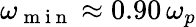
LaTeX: \omega_{\mathrm{~m~i~n~}}\approx 0.90\, \omega_{p}